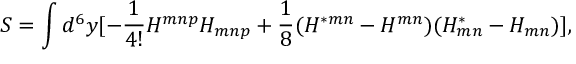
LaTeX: S = \int d ^ { 6 } y [ - { \frac { 1 } { 4 ! } } H ^ { m n p } H _ { m n p } + { \frac { 1 } { 8 } } ( H ^ { * m n } - H ^ { m n } ) ( H _ { m n } ^ { * } - H _ { m n } ) ] ,